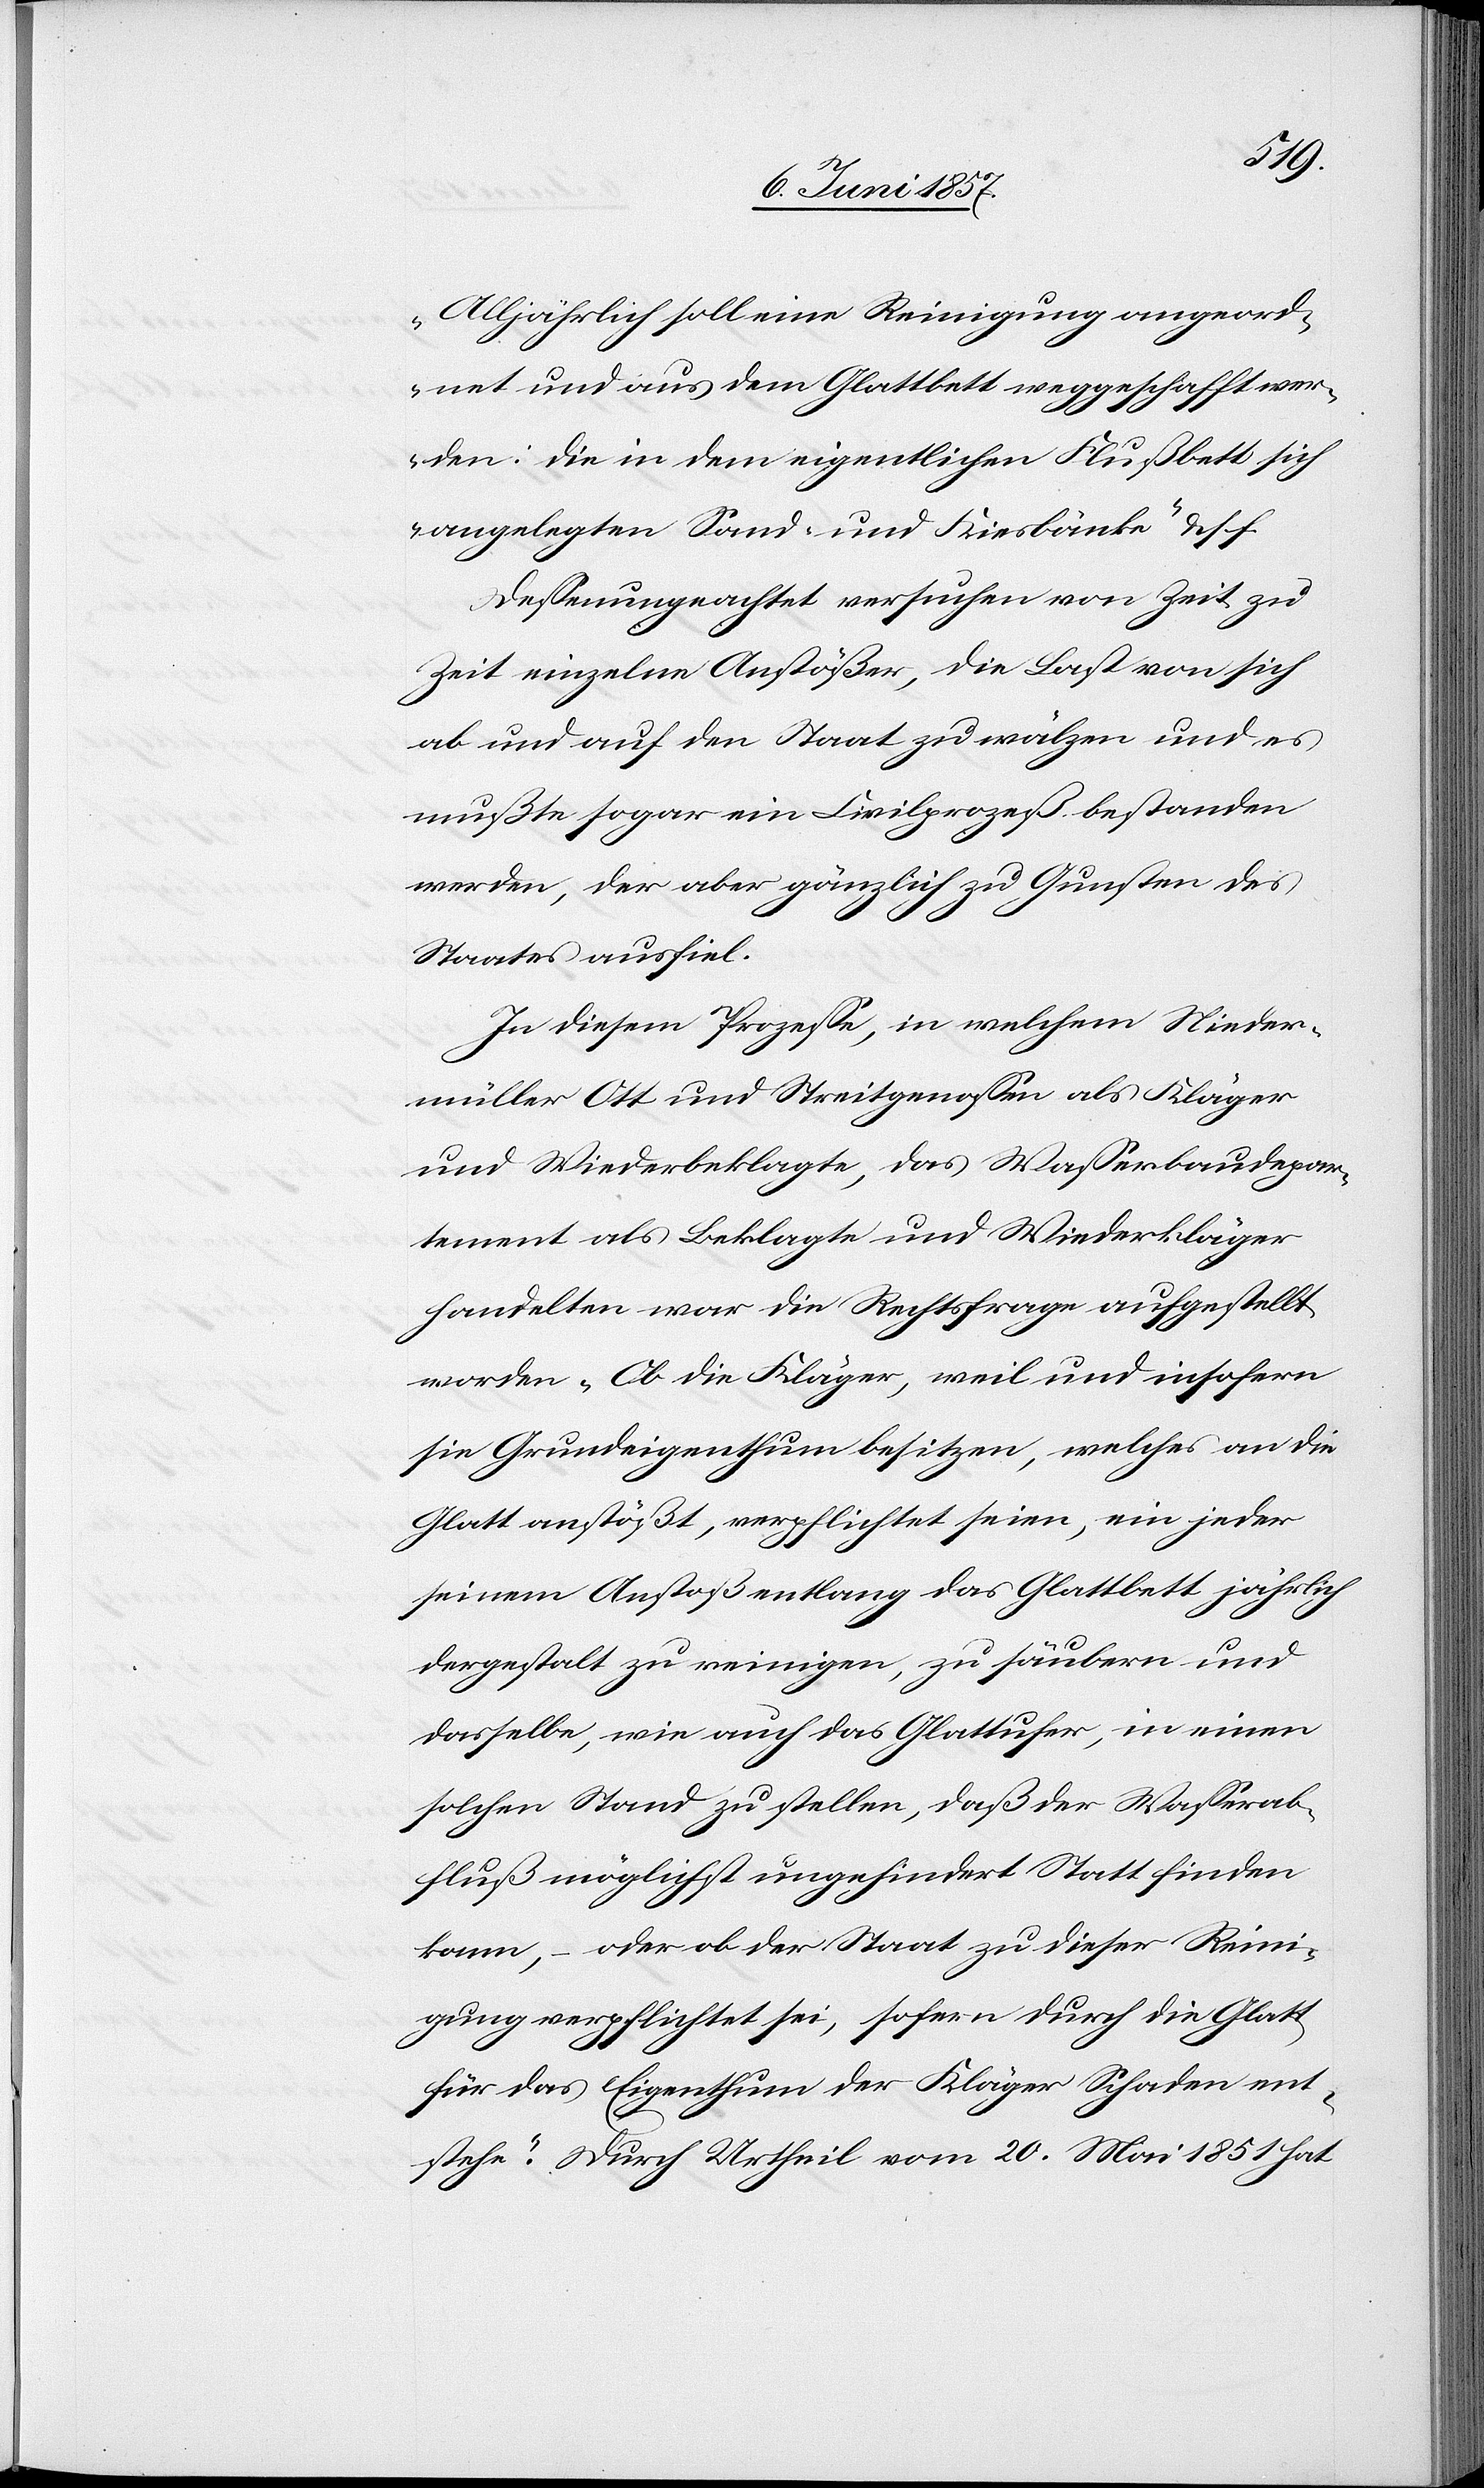
„Alljährlich soll eine Reinigung angeord¬
net und aus dem Glattbett weggeschafft wer¬
den: die in dem eigentlichen Flußbett sich
angelegten Sand- und Kiesbänke“ &. s. f.
Deßenungeachtet versuchen von Zeit zu
Zeit einzelne Anstößer, die Last von sich
ab und auf den Staat zu wälzen und es
mußte sogar ein Civilprozeß bestanden
werden, der aber gänzlich zu Gunsten des
Staates ausfiel.
In diesem Prozesse, in welchem Nieder¬
müller Ott und Streitgenossen als Kläger
und Wiederbeklagte, das Wasserbaudepar¬
tement als Beklagte und Wiederkläger
handelten war die Rechtsfrage aufgestellt
worden „Ob die Kläger, weil und insofern
sie Grundeigenthum besitzen, welches an die
Glatt anstößt, verpflichtet seien, ein jeder
seinem Anstoß entlang das Glattbett jährlich
dergestalt zu reinigen, zu säubern und
dasselbe, wie auch das Glattufer, in einen
solchen Stand zu stellen, daß der Wasserab¬
fluß möglichst ungehindert Statt finden
kann, – oder ob der Staat zu dieser Reini¬
gung verpflichtet sei, sofern durch die Glatt
für das Eigenthum der Kläger Schaden ent¬
stehe.“ Durch Urtheil vom 20 Mai 1851 hat